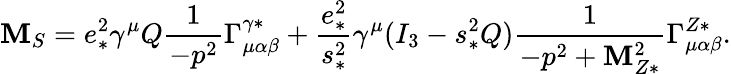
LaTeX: {\cal\mathbf{M}}_{S}=e_{*}^{2}\gamma^{\mu}Q\frac{{1}}{{-p^{2}}}\Gamma_{\mu\alpha\beta}^{\gamma*}+\frac{{e_{*}^{2}}}{{s_{*}^{2}}}\gamma^{\mu}(I_{3}-s_{*}^{2}Q)\frac{{1}}{{-p^{2}+\mathbf{M}_{Z*}^{2}}}\Gamma_{\mu\alpha\beta}^{Z*}.